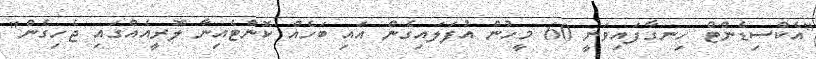
"އެކްސިޑެންޓް ހިނގާފައިވަނީ 60 މީހުން އުފަލައިގެން އައި ބަހެއް ކޮންޓެއިނާ ލޮރީއެއްގައި ޖެހިގެން"